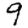
Digit: 9